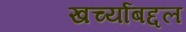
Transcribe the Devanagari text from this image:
खर्च्याबद्दल